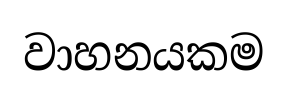
වාහනයකම